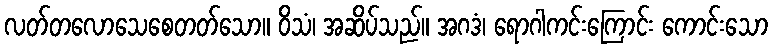
လတ်တလောသေစေတတ်သော။ ဝိသံ၊ အဆိပ်သည်။ အဂဒံ၊ ရောဂါကင်းကြောင်း ကောင်းသော